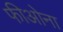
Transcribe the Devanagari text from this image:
फीओना